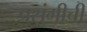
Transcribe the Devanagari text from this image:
प्रसंगीची